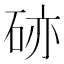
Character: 硛